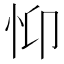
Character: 𢗾